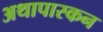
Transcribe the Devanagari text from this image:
अथापास्कन